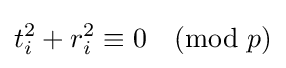
t_{i}^{2}+r_{i}^{2}\equiv 0{\pmod {p}}